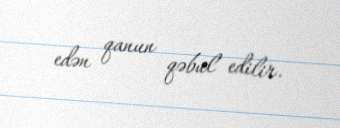
edən qanun qəbul edilir.